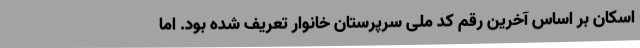
اسکان بر اساس آخرین رقم کد ملی سرپرستان خانوار تعریف شده بود. اما